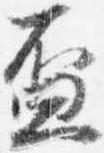
盃